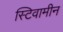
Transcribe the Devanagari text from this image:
स्टिवामीन